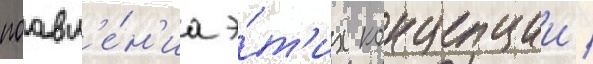
поавл'е́н'иа э́т'их концепции /